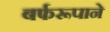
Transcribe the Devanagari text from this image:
बर्फरूपाने